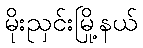
မိုးညှင်းမြို့နယ်